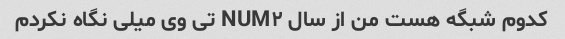
کدوم شبگه هست من از سال NUM۲ تی وی میلی نگاه نکردم